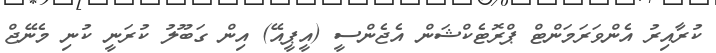
ކުރާއިރު އެންވަރަމަންޓް ޕްރޮޓެކްޝަން އެޖެންސީ (އީޕީއޭ) އިން ގަބޫލު ކުރަނީ ކުނި މެނޭޖް